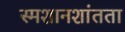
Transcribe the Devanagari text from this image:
स्मशानशांतता